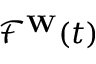
{ \mathcal { F } } ^ { \mathbf { W } } ( t )